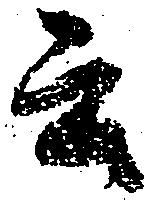
云